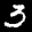
Label: 3